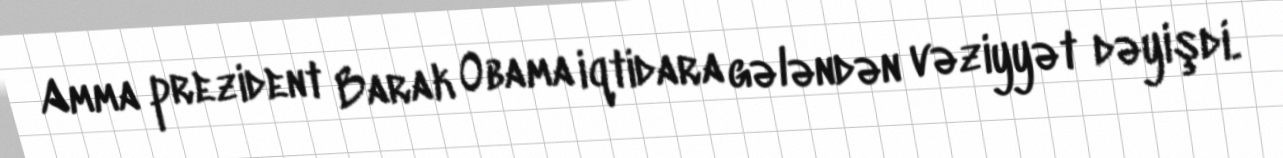
Amma prezident Barak Obama iqtidara gələndən vəziyyət dəyişdi.